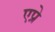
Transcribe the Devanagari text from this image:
एप्रे